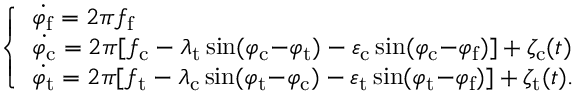
\left\{ \begin{array} { l l } { \dot { \varphi _ { \mathrm { f } } } = 2 \pi f _ { \mathrm { f } } } \\ { \dot { \varphi _ { \mathrm { c } } } = 2 \pi [ f _ { \mathrm { c } } - \lambda _ { \mathrm { t } } \sin ( \varphi _ { \mathrm { c } } \mathrm { - } \varphi _ { \mathrm { t } } ) - \varepsilon _ { \mathrm { c } } \sin ( \varphi _ { \mathrm { c } } \mathrm { - } \varphi _ { \mathrm { f } } ) ] + \zeta _ { \mathrm { c } } ( t ) } \\ { \dot { \varphi _ { \mathrm { t } } } = 2 \pi [ f _ { \mathrm { t } } - \lambda _ { \mathrm { c } } \sin ( \varphi _ { \mathrm { t } } \mathrm { - } \varphi _ { \mathrm { c } } ) - \varepsilon _ { \mathrm { t } } \sin ( \varphi _ { \mathrm { t } } \mathrm { - } \varphi _ { \mathrm { f } } ) ] + \zeta _ { \mathrm { t } } ( t ) . } \end{array} \right.